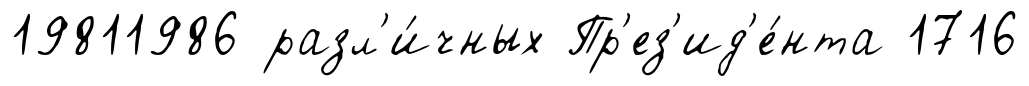
19811986 разл'и́чных Пр'ез'ид'е́нта 1716